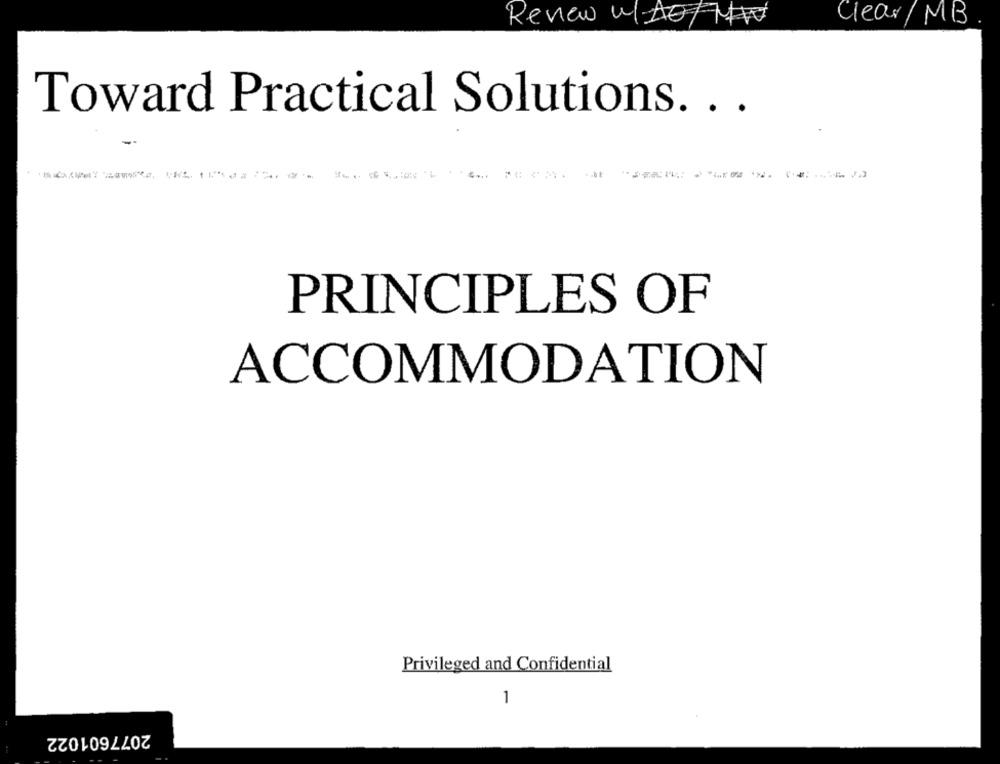
Renew WAMW
Clear/MB
Toward Practical Solutions. ..
PRINCIPLES OF
ACCOMMODATION
Privileged and Confidential
1
2077601022